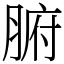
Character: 腑